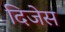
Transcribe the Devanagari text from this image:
दिजेस